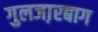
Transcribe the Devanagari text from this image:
गुलजा़रबाग